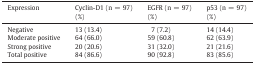
| Expression | Cyclin-D1 (n = 97) (%) | EGFR (n = 97) (%) | p53 (n = 97) (%) |
 | --- | --- | --- | --- |
 | Negative | 13 (13.4) | 7 (7.2) | 14 (14.4) |
 | Moderate positive | 64 (66.0) | 59 (60.8) | 62 (63.9) |
 | Strong positive | 20 (20.6) | 31 (32.0) | 21 (21.6) |
 | Total positive | 84 (86.6) | 90 (92.8) | 83 (85.6) |